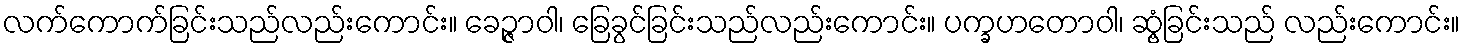
လက်ကောက်ခြင်းသည်လည်းကောင်း။ ခေဉ္ဇာဝါ၊ ခြေခွင်ခြင်းသည်လည်းကောင်း။ ပက္ခဟတောဝါ၊ ဆွံ့ခြင်းသည် လည်းကောင်း။